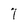
Character: 7